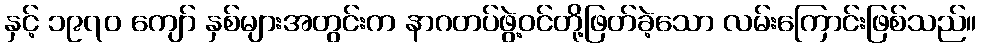
နှင့် ၁၉၇၀ ကျော် နှစ်များအတွင်းက နာဂတပ်ဖွဲ့ဝင်တို့ဖြတ်ခဲ့သော လမ်းကြောင်းဖြစ်သည်။